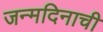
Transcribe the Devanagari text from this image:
जन्मदिनाची